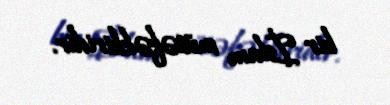
bir İslam mütəfəkkiridir.